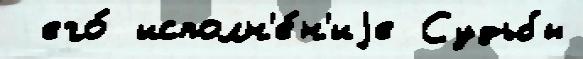
 его́ исполн'е́н'иjе Судьбы